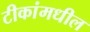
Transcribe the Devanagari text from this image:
टीकांमधील